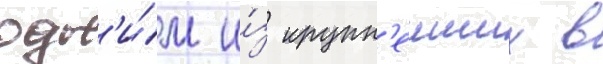
одн'и́м и́з крупн'еиших в